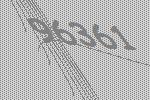
96361